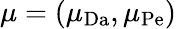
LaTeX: \mathbf{\mu}=(\mu_{\mathrm{Da}},\mu_{\mathrm{Pe}})